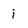
Character: i